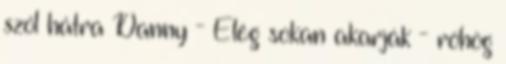
szól hátra Danny - Elég sokan akarják - röhög